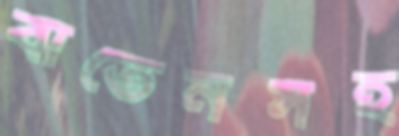
বাতেনসহ